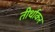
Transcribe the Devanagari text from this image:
तीर्थाकर